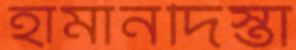
হামানদিস্তা